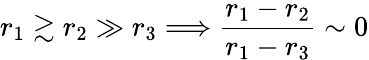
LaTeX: r_{1}\gtrsim r_{2}\gg r_{3}\Longrightarrow\frac{r_{1}-r_{2}}{r_{1}-r_{3}}\sim 0